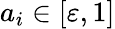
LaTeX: a_{i}\in[\varepsilon,1]